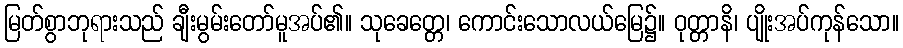
မြတ်စွာဘုရားသည် ချီးမွမ်းတော်မူအပ်၏။ သုခေတ္တေ၊ ကောင်းသောလယ်မြေ၌။ ဝုတ္တာနိ၊ ပျိုးအပ်ကုန်သော။